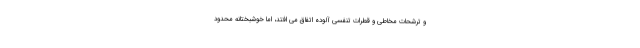
و ترشحات مخاطی و قطرات تنفسی آلوده اتفاق می افتد، اما خوشبختانه محدود